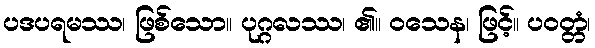
ပဒပရမဿ၊ ဖြစ်သော။ ပုဂ္ဂလဿ၊ ၏။ ဝသေန၊ ဖြင့်။ ပဝတ္တံ၊